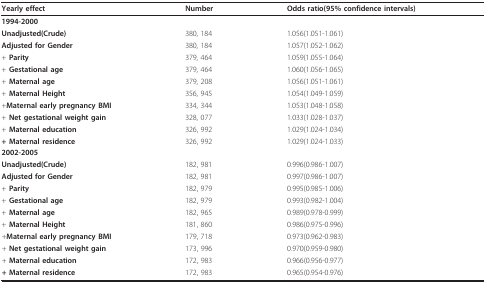
<table><thead><tr><td><b>Yearly effect</b></td><td><b>Number</b></td><td><b>Odds ratio(95% confidence intervals)</b></td></tr></thead><tbody><tr><td><b>1994-2000</b></td><td>[EMPTY_CELL]</td><td>[EMPTY_CELL]</td></tr><tr><td><b>Unadjusted(Crude)</b></td><td>380, 184</td><td>1.056(1.051-1.061)</td></tr><tr><td><b>Adjusted for Gender</b></td><td>380, 184</td><td>1.057(1.052-1.062)</td></tr><tr><td>+ <b>Parity</b></td><td>379, 464</td><td>1.059(1.055-1.064)</td></tr><tr><td>+ <b>Gestational age</b></td><td>379, 464</td><td>1.060(1.056-1.065)</td></tr><tr><td>+ <b>Maternal age</b></td><td>379, 208</td><td>1.056(1.051-1.061)</td></tr><tr><td>+ <b>Maternal Height</b></td><td>356, 945</td><td>1.054(1.049-1.059)</td></tr><tr><td>+<b>Maternal early pregnancy BMI</b></td><td>334, 344</td><td>1.053(1.048-1.058)</td></tr><tr><td>+ <b>Net gestational weight gain</b></td><td>328, 077</td><td>1.033(1.028-1.037)</td></tr><tr><td>+ <b>Maternal education</b></td><td>326, 992</td><td>1.029(1.024-1.034)</td></tr><tr><td><b>+ Maternal residence</b></td><td>326, 992</td><td>1.029(1.024-1.033)</td></tr><tr><td><b>2002-2005</b></td><td>[EMPTY_CELL]</td><td>[EMPTY_CELL]</td></tr><tr><td><b>Unadjusted(Crude)</b></td><td>182, 981</td><td>0.996(0.986-1.007)</td></tr><tr><td><b>Adjusted for Gender</b></td><td>182, 981</td><td>0.997(0.986-1.007)</td></tr><tr><td>+ <b>Parity</b></td><td>182, 979</td><td>0.995(0.985-1.006)</td></tr><tr><td>+ <b>Gestational age</b></td><td>182, 979</td><td>0.993(0.982-1.004)</td></tr><tr><td>+ <b>Maternal age</b></td><td>182, 965</td><td>0.989(0.978-0.999)</td></tr><tr><td>+ <b>Maternal Height</b></td><td>181, 860</td><td>0.986(0.975-0.996)</td></tr><tr><td>+<b>Maternal early pregnancy BMI</b></td><td>179, 718</td><td>0.973(0.962-0.983)</td></tr><tr><td>+ <b>Net gestational weight gain</b></td><td>173, 996</td><td>0.970(0.959-0.980)</td></tr><tr><td>+ <b>Maternal education</b></td><td>172, 983</td><td>0.966(0.956-0.977)</td></tr><tr><td><b>+ Maternal residence</b></td><td>172, 983</td><td>0.965(0.954-0.976)</td></tr></tbody></table>